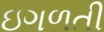
ઇગળતી